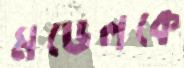
মডেলকে